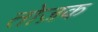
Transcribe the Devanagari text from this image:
तोज़क